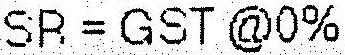
SR = GST @0%